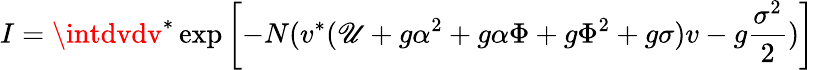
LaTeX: I=\intdvdv^{\ast}\exp\left[-N(v^{\ast}(\mathscr{U}+g\alpha^{2}+g\alpha\Phi+g\Phi^{2}+g\sigma)v-g{\frac{{\sigma^{2}}}{{2}}})\right]